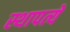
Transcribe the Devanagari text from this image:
स्थापत्ये